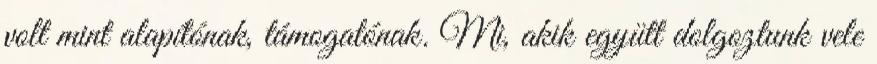
volt mint alapítónak, támogatónak. Mi, akik együtt dolgoztunk vele